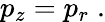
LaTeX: p_{z}=p_{r}\; .